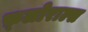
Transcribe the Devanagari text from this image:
फ़्लोराल्स